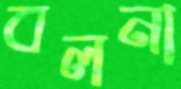
বলনা